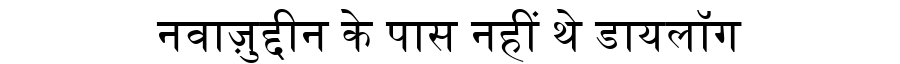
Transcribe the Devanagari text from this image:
नवाज़ुद्दीन के पास नहीं थे डायलॉग